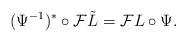
LaTeX: \begin{align*}(\Psi^{-1})^* \circ {\mathcal F}\tilde{L} = {\mathcal F}L \circ \Psi. \end{align*}